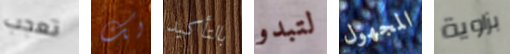
تعجب لك بالتأكيد لتبدو المجهول بزاوية